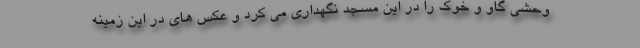
وحشی گاو و خوک را در این مسجد نگهداری می کرد و عکس های در این زمینه